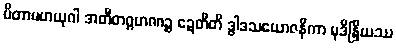
ပိတာမဟယုဂါ အတီတဂ္ဂဟဏဉ္စ ဍေတီတိ ဒွါဒသယောဇနိကာ မုဒိန္ဒြိယဿ